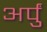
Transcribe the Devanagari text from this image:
अर्पुं